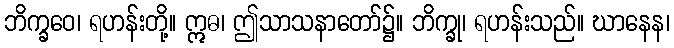
ဘိက္ခဝေ၊ ရဟန်းတို့။ ဣဓ၊ ဤသာသနာတော်၌။ ဘိက္ခု၊ ရဟန်းသည်။ ဃာနေန၊